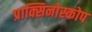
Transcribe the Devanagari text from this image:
प्राक्सिनोस्कोप